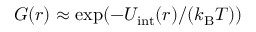
G ( r ) \approx \exp ( - U _ { \mathrm { i n t } } ( r ) / ( k _ { \mathrm { B } } T ) )